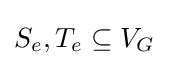
S_{e},T_{e}\subseteq V_{G}